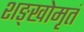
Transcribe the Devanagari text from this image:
शङ्खोमृतं